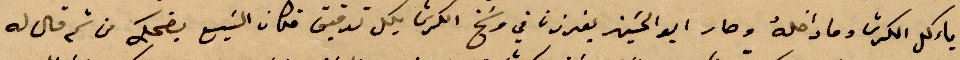
ياكل الرّى وما داخله وصار البو الحسين يغرزنا في وسخ الكرش بكل تدقيق فكان السبع يضحك من ثم قال له